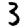
Digit: 3